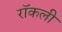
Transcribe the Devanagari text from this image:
रॉकली